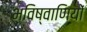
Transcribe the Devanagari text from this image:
भविष्वाणियों